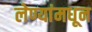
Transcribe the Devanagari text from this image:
लेण्यांमधून